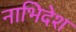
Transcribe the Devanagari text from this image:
नाभिदेश